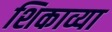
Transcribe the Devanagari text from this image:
शिकाव्या